画像に写った文字を読んでください
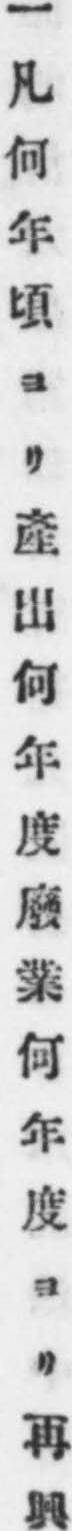
「一凡何年頃ヨリ產出何年度廢業何年度ヨリ再興」と書いてあります